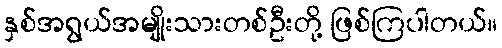
နှစ်အရွယ်အမျိုးသားတစ်ဦးတို့ ဖြစ်ကြပါတယ်။